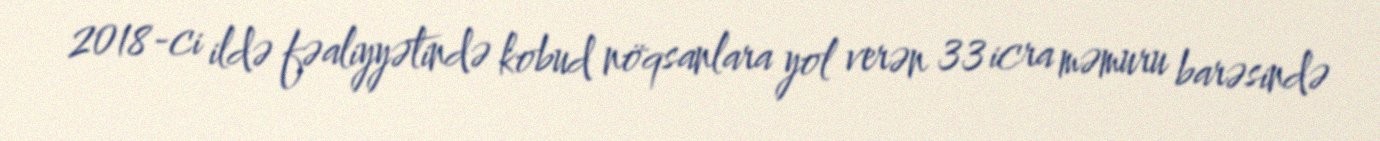
2018-ci ildə fəaliyyətində kobud nöqsanlara yol verən 33 icra məmuru barəsində